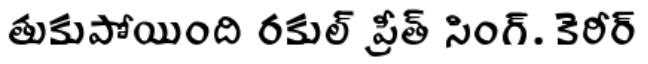
తుకుపోయింది రకుల్ ప్రీత్ సింగ్. కెరీర్